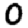
Digit: 0